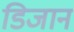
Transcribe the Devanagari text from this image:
डिजान